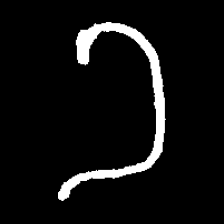
Pyu character \u2014 Myanmar letter: ခ (romanized: kha)